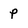
Character: p